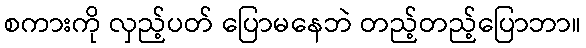
စကားကို လှည့်ပတ် ပြောမနေဘဲ တည့်တည့်ပြောဘာ။